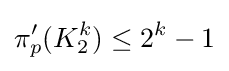
\pi _{p}'(K_{2}^{k})\leq 2^{k}-1